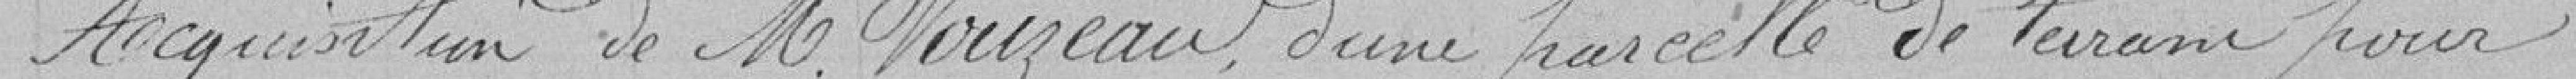
49 Acquisition de M. Vouzeau d'une parcelle de terrain pour